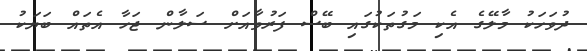
ދުވަހަކު މާލޭގެ އެކި މަގުތަކުގައި ބޭސް ފަރުވާއަށް ސަލާން ޖަހާ އެތައް ބަޔަކު